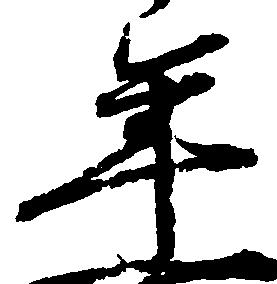
年